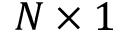
N \times 1